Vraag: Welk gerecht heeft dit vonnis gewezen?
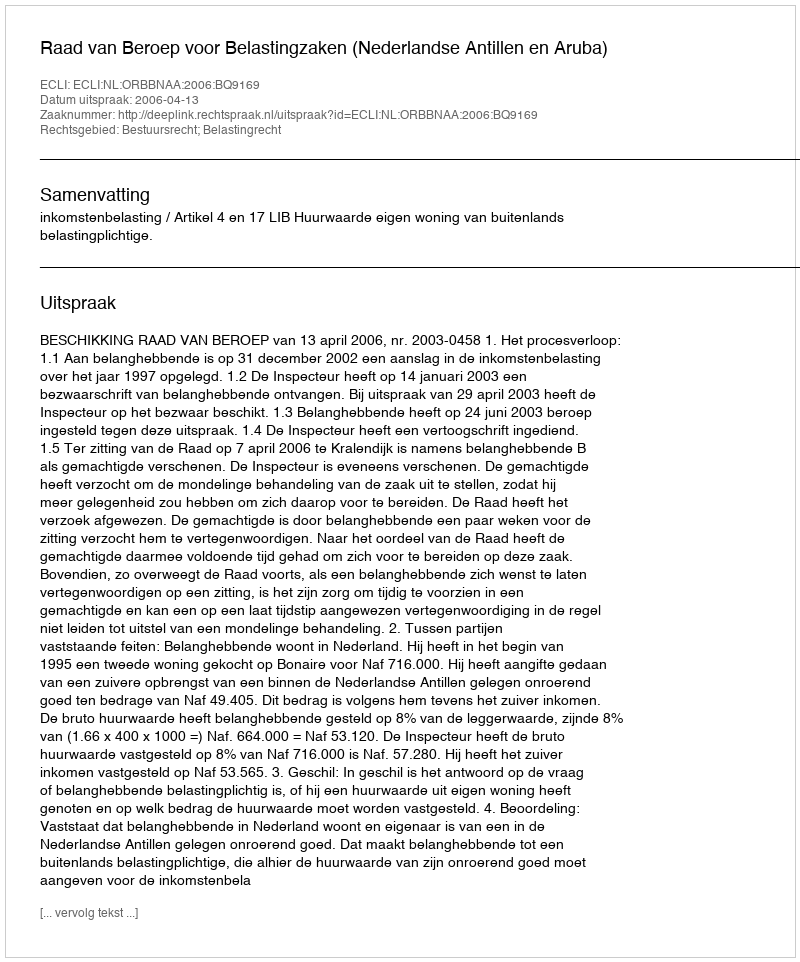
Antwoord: Raad van Beroep voor Belastingzaken (Nederlandse Antillen en Aruba)